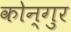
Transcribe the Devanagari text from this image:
कोन्गुर